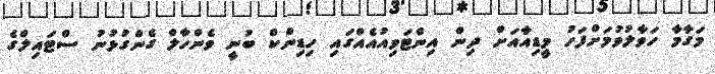
މަގާމާ ހަވާލުވުމަށްފަހު މީޑިއާއަށް ދިން އިންޓަވިއުއެއްގައި ހިޑިންކް ބުނީ ވެންހާލް ގެންގުޅުނު ސްޓައިލްގެ